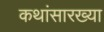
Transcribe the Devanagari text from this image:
कथांसारख्या